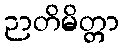
ဉာတိမိတ္တာ